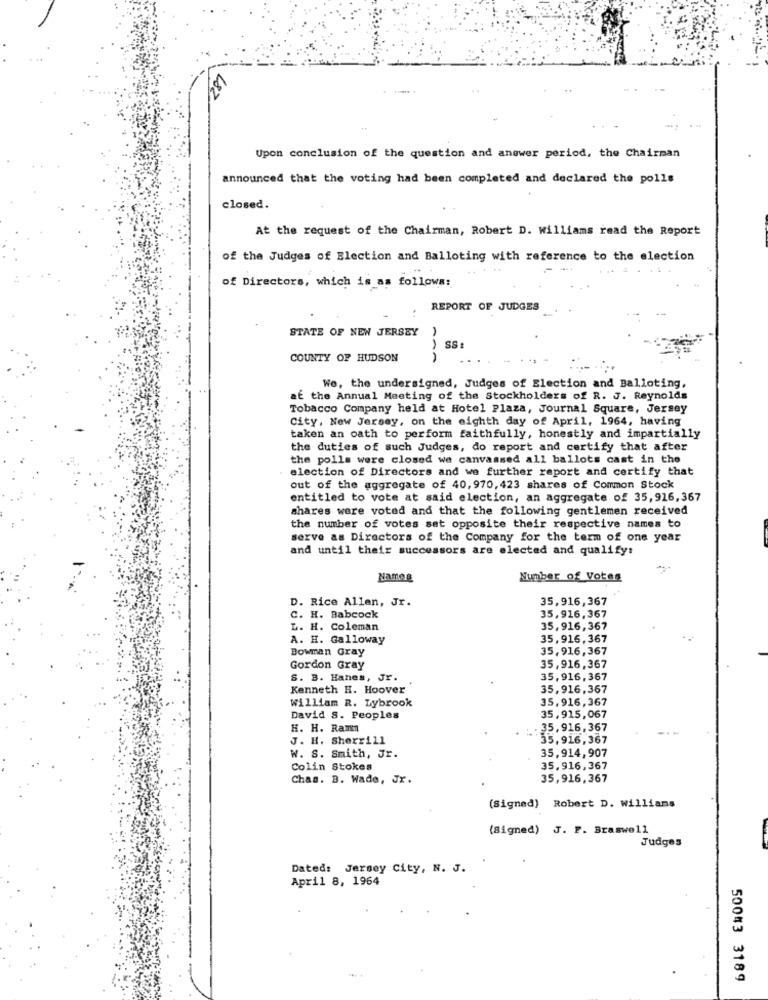
182
Upon conclusion of the question and answer period, the Chairman
announced that the voting had been completed and declared the polls
closed.
At the request of the Chairman, Robert D. williams read the Report
of the Judges of Election and Balloting with reference to the election
of Directors, which is as follows:
REPORT OF JUDGES
STATE OF NEW JERSEY
SS
COUNTY OF HUDSON
We, the undersigned, Judges of Election and Balloting,
at the Annual Meeting of the Stockholders of R. J. Reynolds
Tobacco Company held at Hotel Plaza, Journal Square, Jersey
City, New Jersey, on the eighth day of April, 1964, having
taken an oath to perform faithfully, honestly and impartially
the duties of such Judges, do report and certify that after
the polls were closed we canvassed all ballots cast in the
election of Directors and we further report and certify that
out of the aggregate of 40, 970, 423 shares of Common Stock
entitled to vote at said election, an aggregate of 35,916,367
shares were voted and that the following gentlemen received
the number of votes sat opposite their respective names to
serve as Directors of the Company for the term of one year
and until their successors are elected and qualify:
Nameg
Number of Votes
D. Rice Allen, Jr.
35,916,367
C. H. Babcock
35,916,367
L. H. Coleman
35,916,367
A. H. Galloway
35,916,367
Bowman Gray
35,916,367
Gordon Gray
35,916,367
S. B. Hanes, Jr.
35,916,367
Kenneth H. Hoover
35,916,367
William R. Lybrook
35,916,367
David S. Peoples
35,915,067
H. H. Ram
. 35, 916, 367
J. H. Sherrill
35,916, 367
W. S. Smith, Jr.
35,914,907
Colin Stokes
35,916,367
Chas. B. Wade, Jr.
35,916,367
(Signed) Robert D. Williams
(Signed) J. F. Braswell
Judges
Dated: Jersey City, N. J.
April 8, 1964
50043 3189